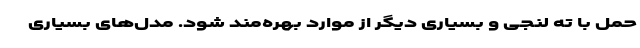
حمل با ته لنجی و بسیاری دیگر از موارد بهره‌مند شود. مدل‌های بسیاری